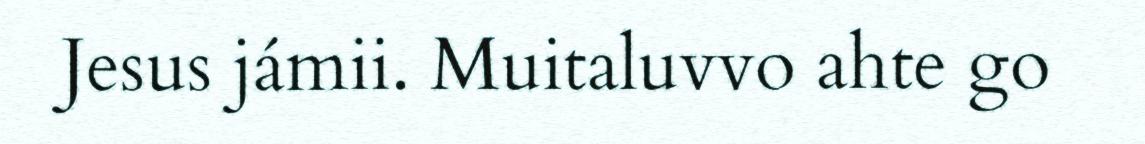
Jesus jámii. Muitaluvvo ahte go